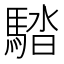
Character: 𩣯